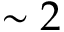
\sim 2